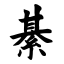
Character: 綦